Epidemic dropsy in Calcutta - Number 45
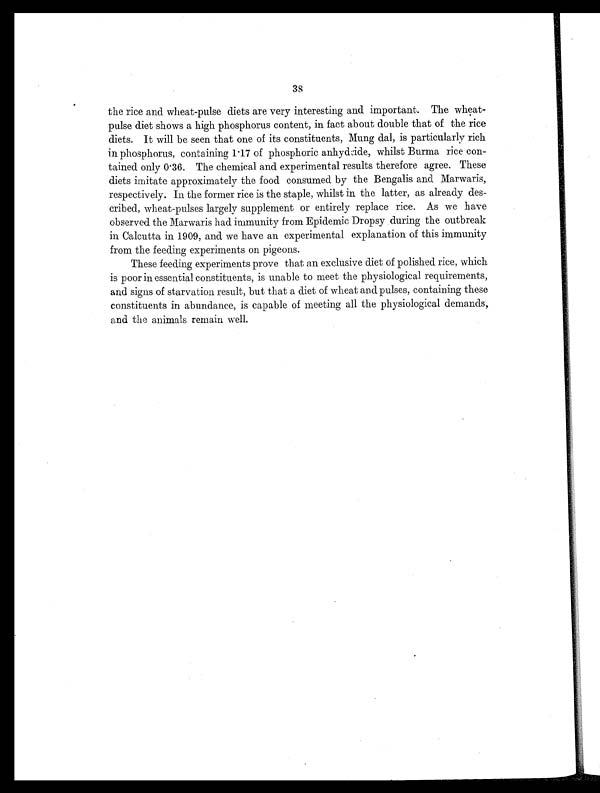
38
the rice and wheat-pulse diets are very interesting and important. The wheat-
pulse diet shows a high phosphorus content, in fact about double that of the rice
diets. It will be seen that one of its constituents, Mung dal, is particularly rich
in phosphorus, containing 1.17 of phosphoric anhydride, whilst Burma rice con-
tained only 0.36. The chemical and experimental results therefore agree. These
diets imitate approximately the food consumed by the Bengalis and Marwaris,
respectively. In the former rice is the staple, whilst in the latter, as already des-
cribed, wheat-pulses largely supplement or entirely replace rice. As we have
observed the Marwaris had immunity from Epidemic Dropsy during the outbreak
in Calcutta in 1909, and we have an experimental explanation of this immunity
from the feeding experiments on pigeons.
These feeding experiments prove that an exclusive diet of polished rice, which
is poor in essential constituents, is unable to meet the physiological requirements,
and signs of starvation result, but that a diet of wheat and pulses, containing these
constituents in abundance, is capable of meeting all the physiological demands,
and the animals remain well.